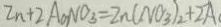
Z n + 2 A o N O _ { 3 } = Z n ( N O _ { 3 } ) _ { 2 } + 2 A